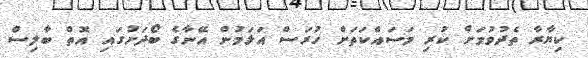
ކިޔާރާ ތެދުވުމަށް ކުރި މަސައްކަތަށް ހުރަސް އަޅަމުން އޭނާގެ ބޯދަށުގައި އޮތް ބާލިސް